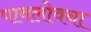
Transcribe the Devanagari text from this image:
पावलोवना